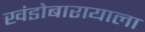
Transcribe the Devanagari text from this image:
खंडोबारायाला